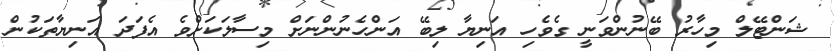
ޝަންޓޭލް މިހާރު ބޭނުންވަނީ ގެވެހި އަނިޔާ ލިބޭ އަންހެނުންނަށް މިސާލަކަށްވެ އެފަދަ އަނިޔާތަކުން